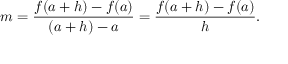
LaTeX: m = { \frac { f ( a + h ) - f ( a ) } { ( a + h ) - a } } = { \frac { f ( a + h ) - f ( a ) } { h } } .